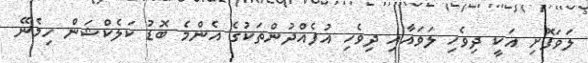
ލަވަފޮށި އަކީ ދިވެހި ލަވައާއި ދިވެހި އުފެއްދުންތަކުގެ އެންމެ ބޮޑު ކަލެކްޝަން ހިމެނޭ